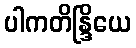
ပါကတိန္ဒြိယေ